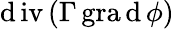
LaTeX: \operatorname{\mathrm{d}iv}\left(\Gamma\operatorname{gra\mathrm{d}}\phi\right)